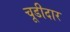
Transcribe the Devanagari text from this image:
चूडीदार